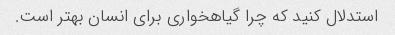
استدلال کنید که چرا گیاهخواری برای انسان بهتر است.